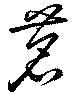
茗